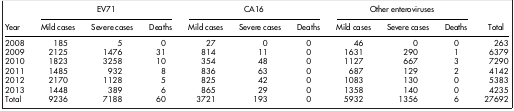
<table><thead><tr><td rowspan="2"><b>Year</b></td><td colspan="3"><b>EV71</b></td><td colspan="3"><b>CA16</b></td><td colspan="3"><b>Other enteroviruses</b></td><td rowspan="2"><b>Total</b></td></tr><tr><td><b>Mild cases</b></td><td><b>Severe cases</b></td><td><b>Deaths</b></td><td><b>Mild cases</b></td><td><b>Severe cases</b></td><td><b>Deaths</b></td><td><b>Mild cases</b></td><td><b>Severe cases</b></td><td><b>Deaths</b></td></tr></thead><tbody><tr><td>2008</td><td>185</td><td>5</td><td>0</td><td>27</td><td>0</td><td>0</td><td>46</td><td>0</td><td>0</td><td>263</td></tr><tr><td>2009</td><td>2125</td><td>1476</td><td>31</td><td>814</td><td>11</td><td>0</td><td>1631</td><td>290</td><td>1</td><td>6379</td></tr><tr><td>2010</td><td>1823</td><td>3258</td><td>10</td><td>354</td><td>48</td><td>0</td><td>1127</td><td>667</td><td>3</td><td>7290</td></tr><tr><td>2011</td><td>1485</td><td>932</td><td>8</td><td>836</td><td>63</td><td>0</td><td>687</td><td>129</td><td>2</td><td>4142</td></tr><tr><td>2012</td><td>2170</td><td>1128</td><td>5</td><td>825</td><td>42</td><td>0</td><td>1083</td><td>130</td><td>0</td><td>5383</td></tr><tr><td>2013</td><td>1448</td><td>389</td><td>6</td><td>865</td><td>29</td><td>0</td><td>1358</td><td>140</td><td>0</td><td>4235</td></tr><tr><td>Total</td><td>9236</td><td>7188</td><td>60</td><td>3721</td><td>193</td><td>0</td><td>5932</td><td>1356</td><td>6</td><td>27692</td></tr></tbody></table>